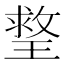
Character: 𤨣